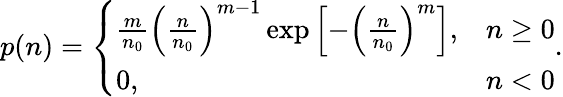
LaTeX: p(n)=\left\{ \begin{array}{ll}{\frac{m}{n_{0}}\left(\frac{n}{n_{0}}\right)^{m-1}\exp\left[-\left(\frac{n}{n_{0}}\right)^{m}\right],}&{n\ge 0}\\ {0,}&{n<0}\end{array}\right..